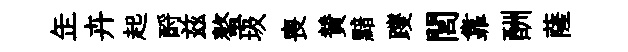
𦈢卉起酹兹螯圾喪賛黯躞閭靠酬薩